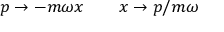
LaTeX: p \rightarrow - m \omega x \qquad x \rightarrow p / m \omega